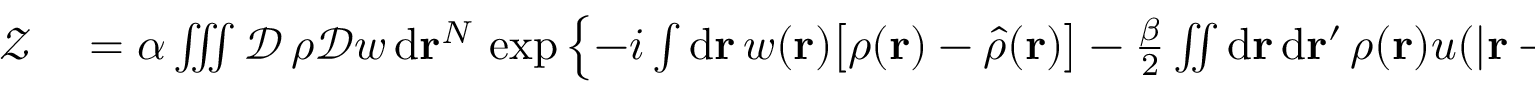
\begin{array} { r l } { \mathcal { Z } } & { { } = \alpha \iiint \mathcal { D } \, \rho \mathcal { D } w \, \mathrm { d } \mathbf { r } ^ { N } \, \exp \left\{ - i \int \mathrm { d } \mathbf { r } \, w ( \mathbf { r } ) \big [ \rho ( \mathbf { r } ) - \hat { \rho } ( \mathbf { r } ) \big ] - \frac { \beta } { 2 } \iint \mathrm { d } \mathbf { r } \, \mathrm { d } \mathbf { r } ^ { \prime } \, \rho ( \mathbf { r } ) u ( \vert \mathbf { r } - \mathbf { r } ^ { \prime } \vert ) \rho ( \mathbf { r } ^ { \prime } ) \right\} , } \end{array}